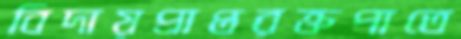
বিদায়প্রাপ্তরক্তপাতে